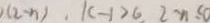
( 2 - n ) , k - 1 > 6 , 2 - n \leq 0